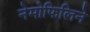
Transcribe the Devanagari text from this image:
नेमोफिलिने